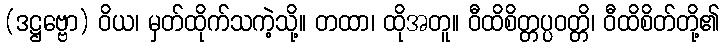
(ဒဋ္ဌဗ္ဗော) ဝိယ၊ မှတ်ထိုက်သကဲ့သို့။ တထာ၊ ထိုအတူ။ ဝီထိစိတ္တပ္ပဝတ္တိ၊ ဝီထိစိတ်တို့၏